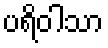
ပရိဝါသာ